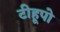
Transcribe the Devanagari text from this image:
टीहूपो